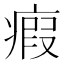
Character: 瘕